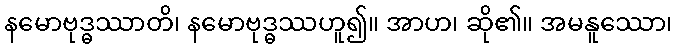
နမောဗုဒ္ဓဿာတိ၊ နမောဗုဒ္ဓဿဟူ၍။ အာဟ၊ ဆို၏။ အမနူဿော၊